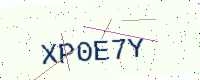
Text: XP0E7Y